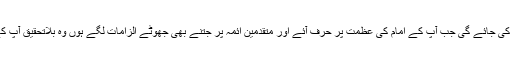
آپ کے نزدیک شائد تحقیق صرف اسی وقت کی جائے گی جب آپ کے امام کی عظمت پر حرف آئے اور متقدمین ائمہ پر جتنے بھی جھوٹے الزامات لگے ہوں وہ بلاتحقیق آپ کے نزدیک سب کے سب سچ قرار پائیں گے؟